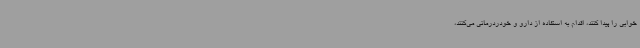
‌خوابی را پیدا کنند، اقدام به استفاده از دارو و خودردرمانی می‌کنند،